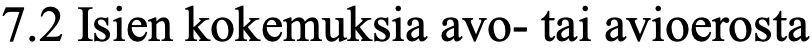
7.2 Isien kokemuksia avo- tai avioerosta